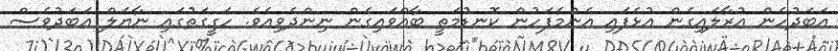
އަބަދުހެން އުރާލައިގެން އުޅެފައި އެންމެފަހުން ކޮނޑުމަތީ ބާއްވައިގެން ނިންދެވިއެވެ. ހަގީގަތުގައި ނާޔަލް އަބަދުވެސް